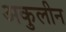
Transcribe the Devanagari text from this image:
अकुलीन